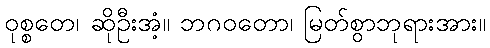
ဝုစ္စတေ၊ ဆိုဦးအံ့။ ဘဂဝတော၊ မြတ်စွာဘုရားအား။